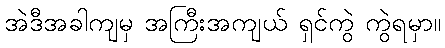
အဲဒီအခါကျမှ အကြီးအကျယ် ရှင်ကွဲ ကွဲရမှာ။